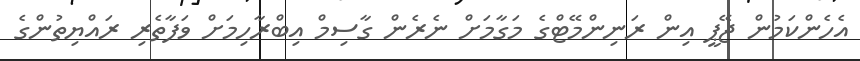
އެހެންކަމުން ޖޭޕީ އިން ރަނިންމޭޓްގެ މަގާމަށް ނެރެން ގާސިމް އިބްރާހިމަށް ވަފާތެރި ރައްޔިތުންގެ